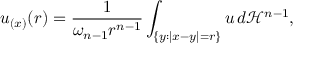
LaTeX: u _ { ( x ) } ( r ) = { \frac { 1 } { \omega _ { n - 1 } r ^ { n - 1 } } } \int _ { \{ y : | x - y | = r \} } u \, d { \mathcal { H } } ^ { n - 1 } ,